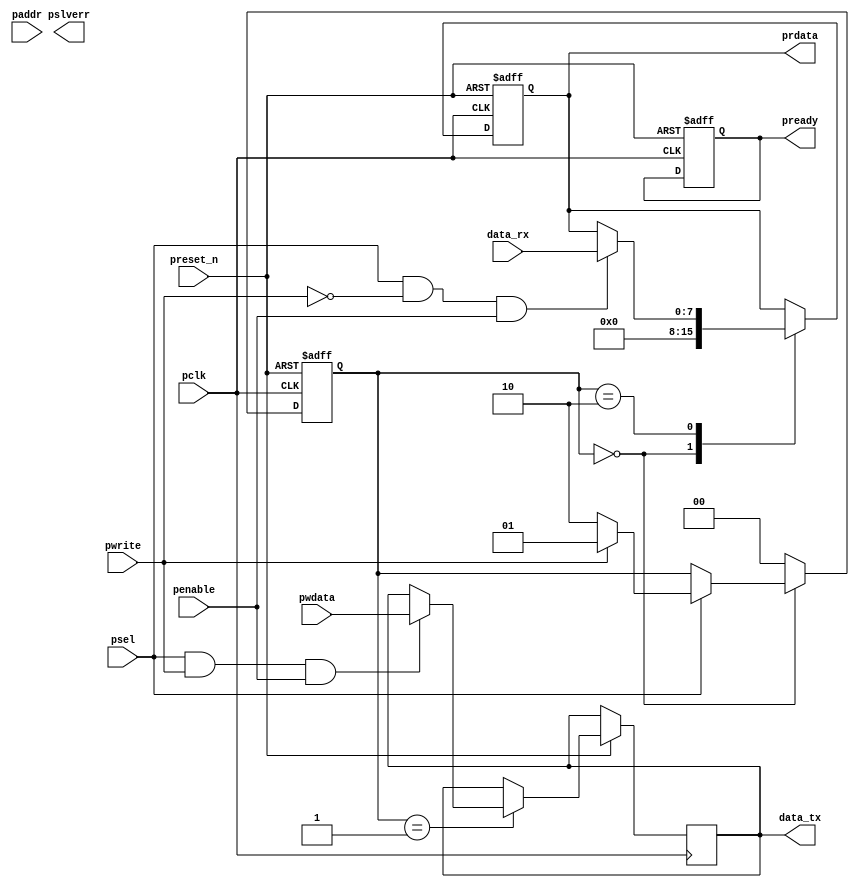
//////////////////////////////////
//                              //
//       APB SLAVE              //
//                              //  
//////////////////////////////////

module apb_slave #(
parameter ADDRWIDTH = 2'd3,
parameter DATAWIDTH = 4'd8 
)
(
pclk,            //Input Clock 80MHZ
preset_n,        //ACtive Low Reset
paddr,           //ADDRESS
pwrite,          //READ WRITE SIGNAL  0->READ 1->WRITE
psel,            //Select signal 
penable,         //ENable signal 
pwdata,          //Write Data 
prdata,          //Read data
pready,          //Ready from slave 
pslverr,         //Slave Error signal  
data_rx,         //data RX
data_tx          //data TX
);

input                        pclk      ;
input                        preset_n  ;
input      [ADDRWIDTH-1:0]   paddr     ;
input                        pwrite    ;
input                        psel      ;
input                        penable   ;
input      [DATAWIDTH-1 :0]  pwdata    ;
input      [DATAWIDTH-1 :0]  data_rx   ;
output reg [DATAWIDTH-1 :0]  data_tx   ;
output reg [DATAWIDTH-1 :0]  prdata    ;
output reg                   pready    ;
output reg                   pslverr   ;
            
reg    [1:0]             state ;

localparam IDLE      = 2'b00 ;
localparam W_ENABLE  = 2'b01 ;
localparam R_ENABLE  = 2'b10 ; 

always @(posedge pclk or negedge preset_n ) begin
  if (!preset_n) begin
    state  <= IDLE         ; 
    prdata <= {DATAWIDTH{1'b0}} ;
    pready <= 1'b0         ;
    end

  else begin
    case (state)
      IDLE : begin
        prdata <= {DATAWIDTH{1'b0}};
        if (psel) begin
          if (pwrite) begin
            state <= W_ENABLE;
          end
          else begin
            state <= R_ENABLE;
          end
        end
      end

      W_ENABLE : begin
        if (psel && pwrite && penable) begin
          data_tx <= pwdata ;          
        end
          state <= IDLE;
      end

      R_ENABLE : begin
        if (psel && !pwrite && penable) begin
          prdata <= data_rx  ;
        end
        state <= IDLE ;
      end
      default: begin
        state <= IDLE ;
      end
    endcase
  end
end 
endmodule